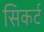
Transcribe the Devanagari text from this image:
सिकर्ट